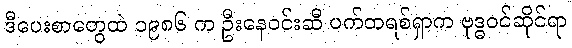
ဒီပေးစာတွေထဲ ၁၉၈၆ က ဦးနေဝင်းဆီ ပက်ထရစ်ရှာက ဗုဒ္ဓဝင်ဆိုင်ရာ